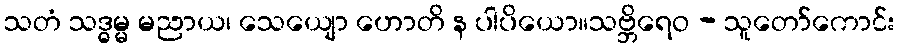
သတံ သဒ္ဓမ္မ မညာယ၊ သေယျော ဟောတိ န ပါပိယော။သဗ္ဘိရေဝ - သူတော်ကောင်း